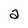
Character: a